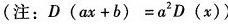
(注：$$D ( a x + b ) = a ^ 2 D ( x )$$ )